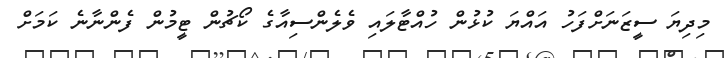
މިދިޔަ ސީޒަނަށްފަހު އައްޔަ ކުޅުން ހުއްޓާލައި ވެލެންސިއާގެ ކޯޗުން ޓީމުން ފެންނާނެ ކަމަށް